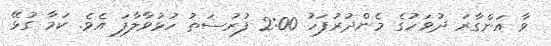
ވާ އަންގާރަ ދުވަހުގެ މެންދުރުފަހު 2:00 ފުރުސަތު ހުޅުވާލާފަ އެވެ. ކަމާ ގުޅޭ